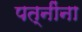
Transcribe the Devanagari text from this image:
पत्‍नींना